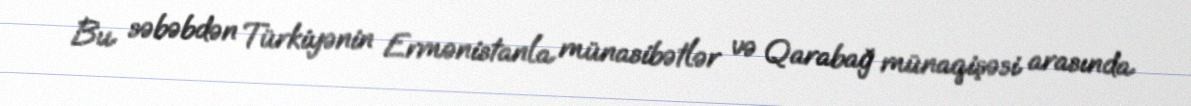
Bu səbəbdən Türkiyənin Ermənistanla münasibətlər və Qarabağ münaqişəsi arasında